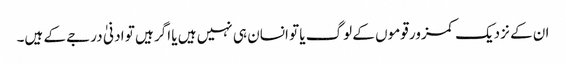
ان کے نزدیک کمزور قوموں کے لوگ یا تو انسان ہی نہیں ہیں یا اگر ہیں تو ادنیٰ درجے کے ہیں۔